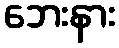
ဘေးနား